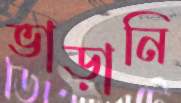
ভাড়ানি